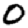
Digit: 0